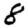
Digit: 8